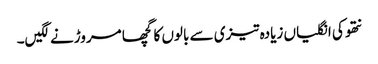
نتھو کی انگلیاں زیادہ تیزی سے بالوں کا گچھا مروڑنے لگیں۔